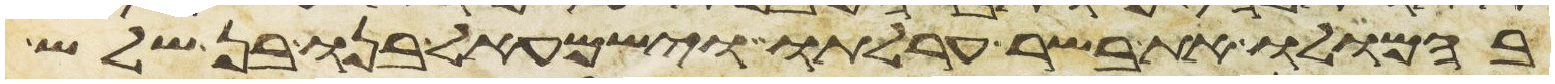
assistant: בהמלו את בשר ערלתו וישמעאל בנו בן שלש